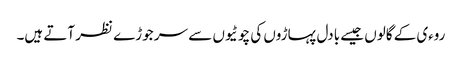
روءی کے گالوں جیسے بادل پہاڑوں کی چوٹیوں سے سر جوڑے نظر آتے ہیں۔